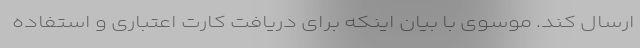
ارسال کند. موسوی با بیان اینکه برای دریافت کارت اعتباری و استفاده